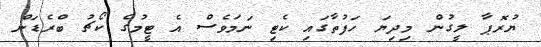
ޔުރޮޕާ ލީގުން މިދިޔަ ހަފުތާގައި ކެޓި ނަމަވެސް އެ ޓީމުގެ ކޯޗު ބްރެޑަން